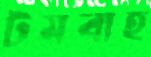
টমবাহ